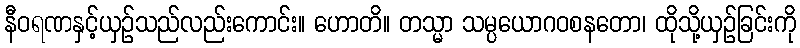
နီဝရဏနှင့်ယှဉ်သည်လည်းကောင်း။ ဟောတိ။ တသ္မာ သမ္ပယောဂဝစနတော၊ ထိုသို့ယှဉ်ခြင်းကို